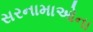
સરનામાઓના